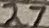
Text: 27